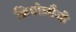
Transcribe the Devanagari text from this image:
क्रिप्टोलौजी